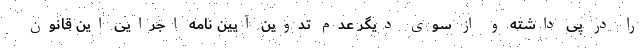
را در پی داشته و از سوی دیگر عدم تدوین آیین نامه اجرایی این قانون